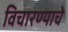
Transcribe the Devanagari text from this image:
विचारण्याचे